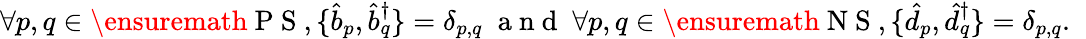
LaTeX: \begin{array}{r}{\forall p,q\in\ensuremath{\mathrm{~P~S~}},\{ \hat{b}_{p},\hat{b}_{q}^{\dagger}\} =\delta_{p,q}\; \mathrm{~a~n~d~}\; \forall p,q\in\ensuremath{\mathrm{~N~S~}},\{ \hat{d}_{p},\hat{d}_{q}^{\dagger}\} =\delta_{p,q}.\; \; }\end{array}